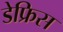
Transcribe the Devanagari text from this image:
डेफ्रिस